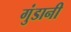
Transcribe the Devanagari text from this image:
गुंडानी